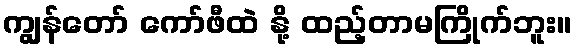
ကျွန်တော် ကော်ဖီထဲ နို့ ထည့်တာမကြိုက်ဘူး။